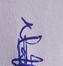
Signature authenticity: genuine